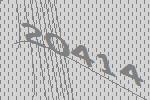
20414